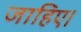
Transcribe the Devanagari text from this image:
जाहिए।